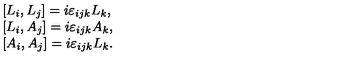
\begin{array} { l } { [ L _ { i } , L _ { j } ] = i \varepsilon _ { i j k } L _ { k } , } \\ { { [ } L _ { i } , A _ { j } ] = i \varepsilon _ { i j k } A _ { k } , } \\ { { [ } A _ { i } , A _ { j } ] = i \varepsilon _ { i j k } L _ { k } . } \\ \end{array}